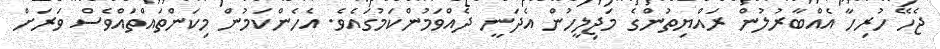
ޖެހޭ ހުރިހާ އެއްބާރުލުން ރައްޔިތުންގެ މަޖިލީހުން އެދަނީ ދެއްވަމުންކަމުގައެވެ. އެހެންކަމުން މިކަންތައްތައްވެސް ވަރަށް